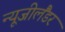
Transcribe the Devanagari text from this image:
न्यूजीलैंडर